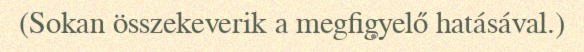
(Sokan összekeverik a megfigyelő hatásával.)